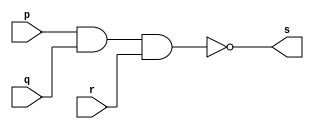
// ---------------------
// Guia 01 Ex1 - NAND
// Nome:lvaro Henrique de Arajo Rungue
// ---------------------

// ---------------------
// -- and gate
// ---------------------

module nandgate (s, p, q ,r);
 output s;
 input  p, q , r;

 assign s = ~(p & q & r);

endmodule // nandgate

// ---------------------
// -- test nand gate
// ---------------------

module testnandgate;
 reg   a, b , c ;
 wire  s;
          // instancia
 nandgate NAND1 (s, a, b ,c);
 
          // parte principal
 initial begin
      $display("Exemplo 01_01 - xxx yyy zzz - 999999");
      $display("Test NAND gate");
      $display("\na & b  & c = s\n");
      a=0; b=0; c=0;
  #1  $display("%b & %b & %b = %b", a, b , c, s);
      a=0; b=0;c=1;
  #1  $display("%b & %b & %b = %b", a, b, c , s);
      a=0; b=1;c=0;
  #1  $display("%b & %b & %b = %b", a, b, c ,s);
      a=0; b=1;c=1;
  #1  $display("%b & %b & %b = %b", a, b, c ,s);
 		a=1; b=0;c=0;
  #1  $display("%b & %b & %b = %b", a, b , c, s);
      a=1; b=0;c=1;
  #1  $display("%b & %b & %b = %b", a, b, c , s);
      a=1; b=1;c=0;
  #1  $display("%b & %b & %b = %b", a, b, c ,s);
      a=1; b=1;c=1;
  #1  $display("%b & %b & %b = %b", a, b, c ,s);
 end

endmodule // testnandgate